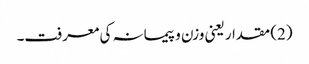
(2) مقدار یعنی وزن و پیمانہ کی معرفت۔